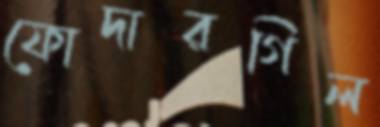
ফোদারগিল